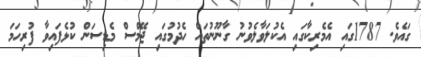
ގައެވެ. 1787ގައި އެމެރިކާގައި އެކުލަވާލެވުނު ގާނޫނުތައް ހެދުމުގައި ޖޭމްސް މެޑިސަން ކުޅެފައިވާ ފުރިހަމަ